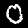
Digit: 0